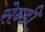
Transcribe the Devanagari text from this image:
सेन्डी